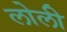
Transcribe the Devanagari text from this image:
लोली